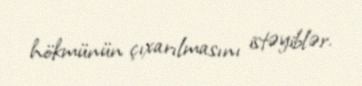
hökmünün çıxarılmasını istəyiblər.